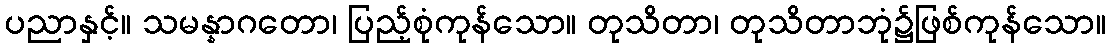
ပညာနှင့်။ သမန္နာဂတော၊ ပြည့်စုံကုန်သော။ တုသိတာ၊ တုသိတာဘုံ၌ဖြစ်ကုန်သော။